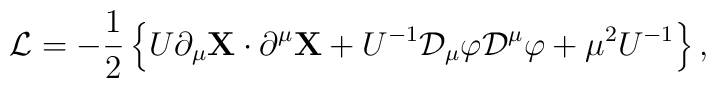
{\cal L}  = -{1\over 2}\left\{U\partial_\mu{\bf X}\cdot \partial^\mu {\bf X} + U^{-1}{\cal D}_\mu \varphi {\cal D}^\mu \varphi + \mu^2 U^{-1}\right\},